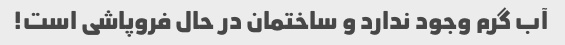
آب گرم وجود ندارد و ساختمان در حال فروپاشی است!